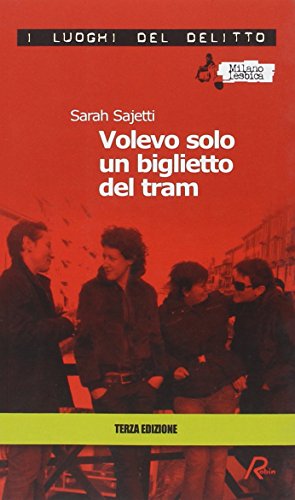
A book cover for Volevo solo un biglietto del tram; Sarah Sajetti; Crafts, Hobbies & Home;